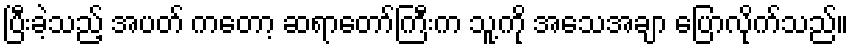
ပြီးခဲ့သည့် အပတ် ကတော့ ဆရာတော်ကြီးက သူ့ကို အသေအချာ ပြောလိုက်သည်။